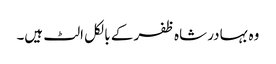
وہ بہادر شاہ ظفر کے بالکل الٹ ہیں۔